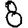
Digit: 8